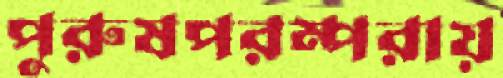
পুরুষপরম্পরায়